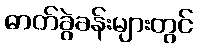
ဓာတ်ခွဲခန်းများတွင်